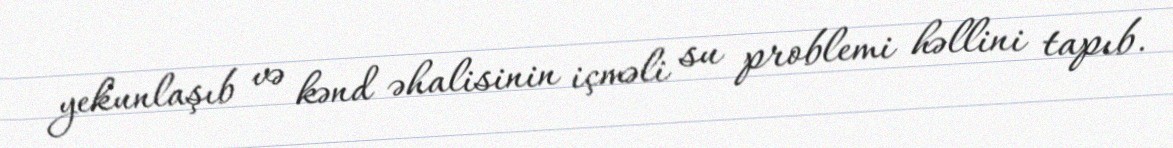
yekunlaşıb və kənd əhalisinin içməli su problemi həllini tapıb.